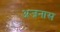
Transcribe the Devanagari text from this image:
अजनास